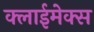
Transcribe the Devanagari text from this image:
क्लाईमेक्स